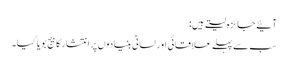
آئیے جائزہ لیتے ہیں:
سب سے پہلے علاقائی اور لسانی بنیادوں پر انتشار کا بیج بویا گیا۔